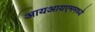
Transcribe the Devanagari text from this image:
आयआयएममध्ये